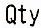
QTY